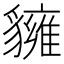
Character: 𧴗